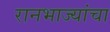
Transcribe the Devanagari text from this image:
रानभाज्यांचा